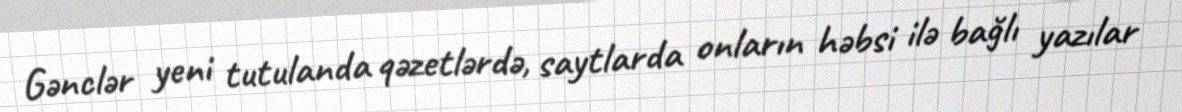
Gənclər yeni tutulanda qəzetlərdə, saytlarda onların həbsi ilə bağlı yazılar